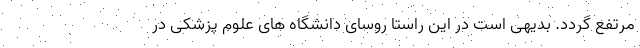
مرتفع گردد. بدیهی است در این راستا روسای دانشگاه های علوم پزشکی در